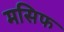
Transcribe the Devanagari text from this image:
मसिफ